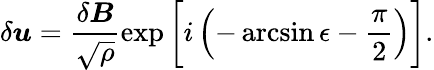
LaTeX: \delta\boldsymbol{u}=\frac{\delta\boldsymbol{B}}{\sqrt{\rho}}\exp\bigg[i\left(-\arcsin\epsilon-\frac{\pi}{2}\right)\bigg].